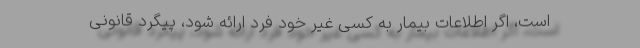
است، اگر اطلاعات بیمار به کسی غیر خود فرد ارائه شود، پیگرد قانونی